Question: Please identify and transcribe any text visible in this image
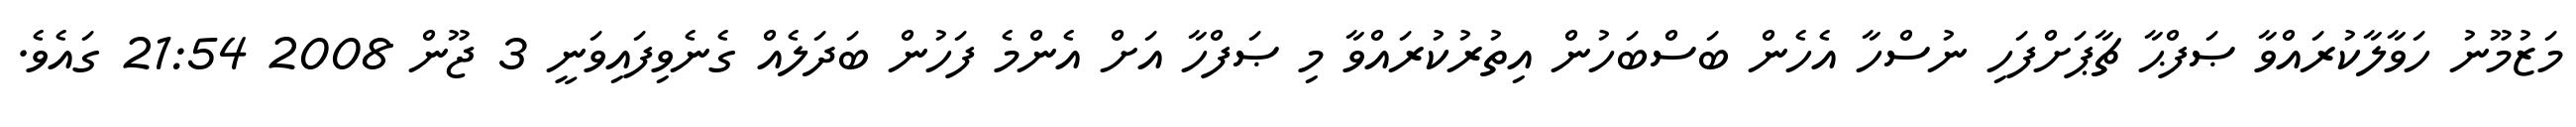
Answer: މަޒުމޫނު ހަވާލާކުރައްވާ ޞަފްޙާ ޗާޕަށްފަހި ނުސްހާ އެހެން ބަސްބަހުން އިތުރުކުރައްވާ މި ޞަފްހާ އަށް އެންމެ ފަހުން ބަދަލެއް ގެނެވިފައިވަނީ 3 ޖޫން 2008 21:54 ގައެވެ.